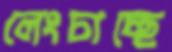
লেংচাচ্ছে